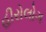
હીરોલોગ